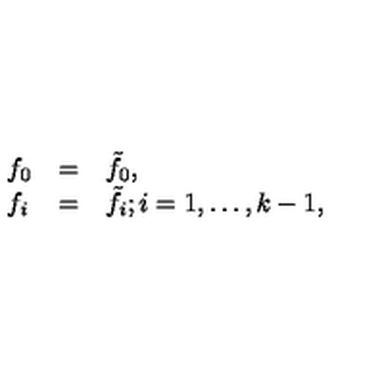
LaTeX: \begin{array} { l l l } { f _ { 0 } } & { = } & { \tilde { f } _ { 0 } , } \\ { f _ { i } } & { = } & { \tilde { f } _ { i } ; i = 1 , \ldots , k - 1 , } \\ \end{array}